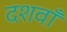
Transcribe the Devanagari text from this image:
दशवाँ